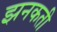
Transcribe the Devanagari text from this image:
झनकती